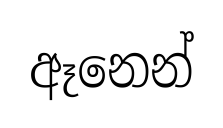
ඈනෙන්